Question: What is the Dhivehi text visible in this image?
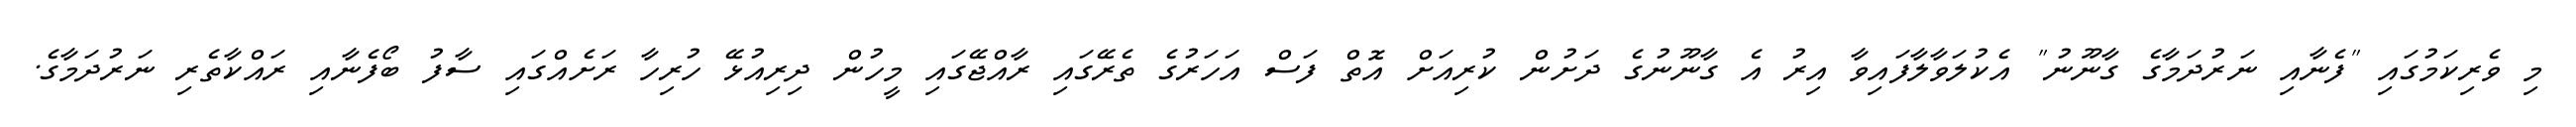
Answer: މި ވެރިކަމުގައި "ފެނާއި ނަރުދަމާގެ ގާނޫނު" އެކުލަވާލާފައިވާ އިރު އެ ގާނޫނުގެ ދަށުން ކުރިއަށް އޮތް ފަސް އަހަރުގެ ތެރޭގައި ރާއްޖޭގައި މީހުން ދިރިއުޅޭ ހުރިހާ ރަށެއްގައި ސާފު ބޯފެނާއި ރައްކާތެރި ނަރުދަމާގެ.